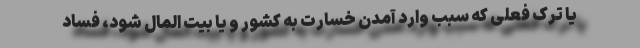
یا ترک فعلی که سبب وارد آمدن خسارت به کشور و یا بیت المال شود، فساد